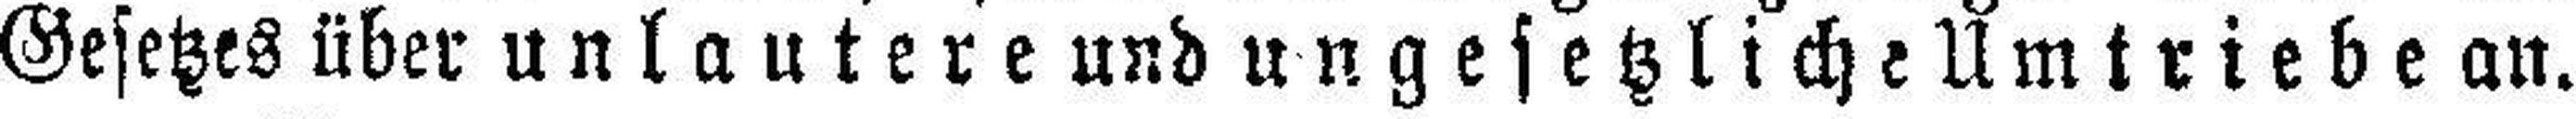
Gesetzes über unlautere und ungesetzliche Umtriebe an.